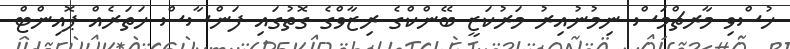
ހުސްވި މާރޗްމަސް ނިމުނުއިރު މަރުކަޒީ ބޭންކްގެ ރިޒާވްގެ ގޮތުގައި ފަންސާސް ހަތަރެއް ޕޮއިންޓް